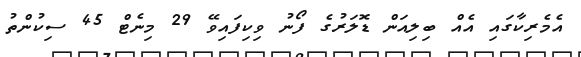
އެމެރިކާގައި އެއް ބިލިއަން ޑޮލަރުގެ ފޯނު ވިކިފައިވޭ 29 މިނެޓް 45 ސިކުންތު